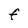
Character: F